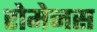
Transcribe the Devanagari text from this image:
रोमेनस